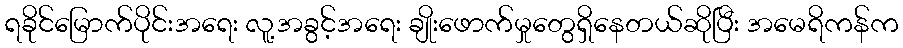
ရခိုင်မြောက်ပိုင်းအရေး လူ့အခွင့်အရေး ချိုးဖောက်မှုတွေရှိနေတယ်ဆိုပြီး အမေရိကန်က